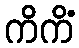
ကိကိံ